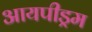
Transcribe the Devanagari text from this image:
आयपीड्रम